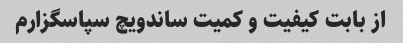
از بابت کیفیت و کمیت ساندویچ سپاسگزارم